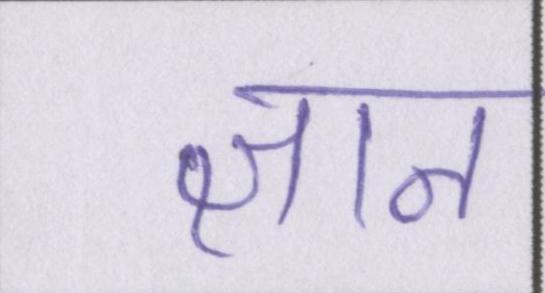
ज्ञान